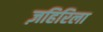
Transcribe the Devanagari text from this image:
ज़हिरिला